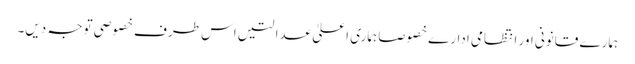
ہمارے قانونی اور انتظامی ادارے خصوصا ہماری اعلیٰ عدالتیں اس طرف خصوصی توجہ دیں۔